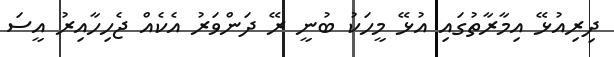
ދިރިއުޅޭ އިމާރާތުގައި އުޅޭ މީހަކު ބުނީ ރޭ ދަންވަރު އެކެއް ޖެހިހާއިރު އީސަ